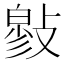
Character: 𢿉